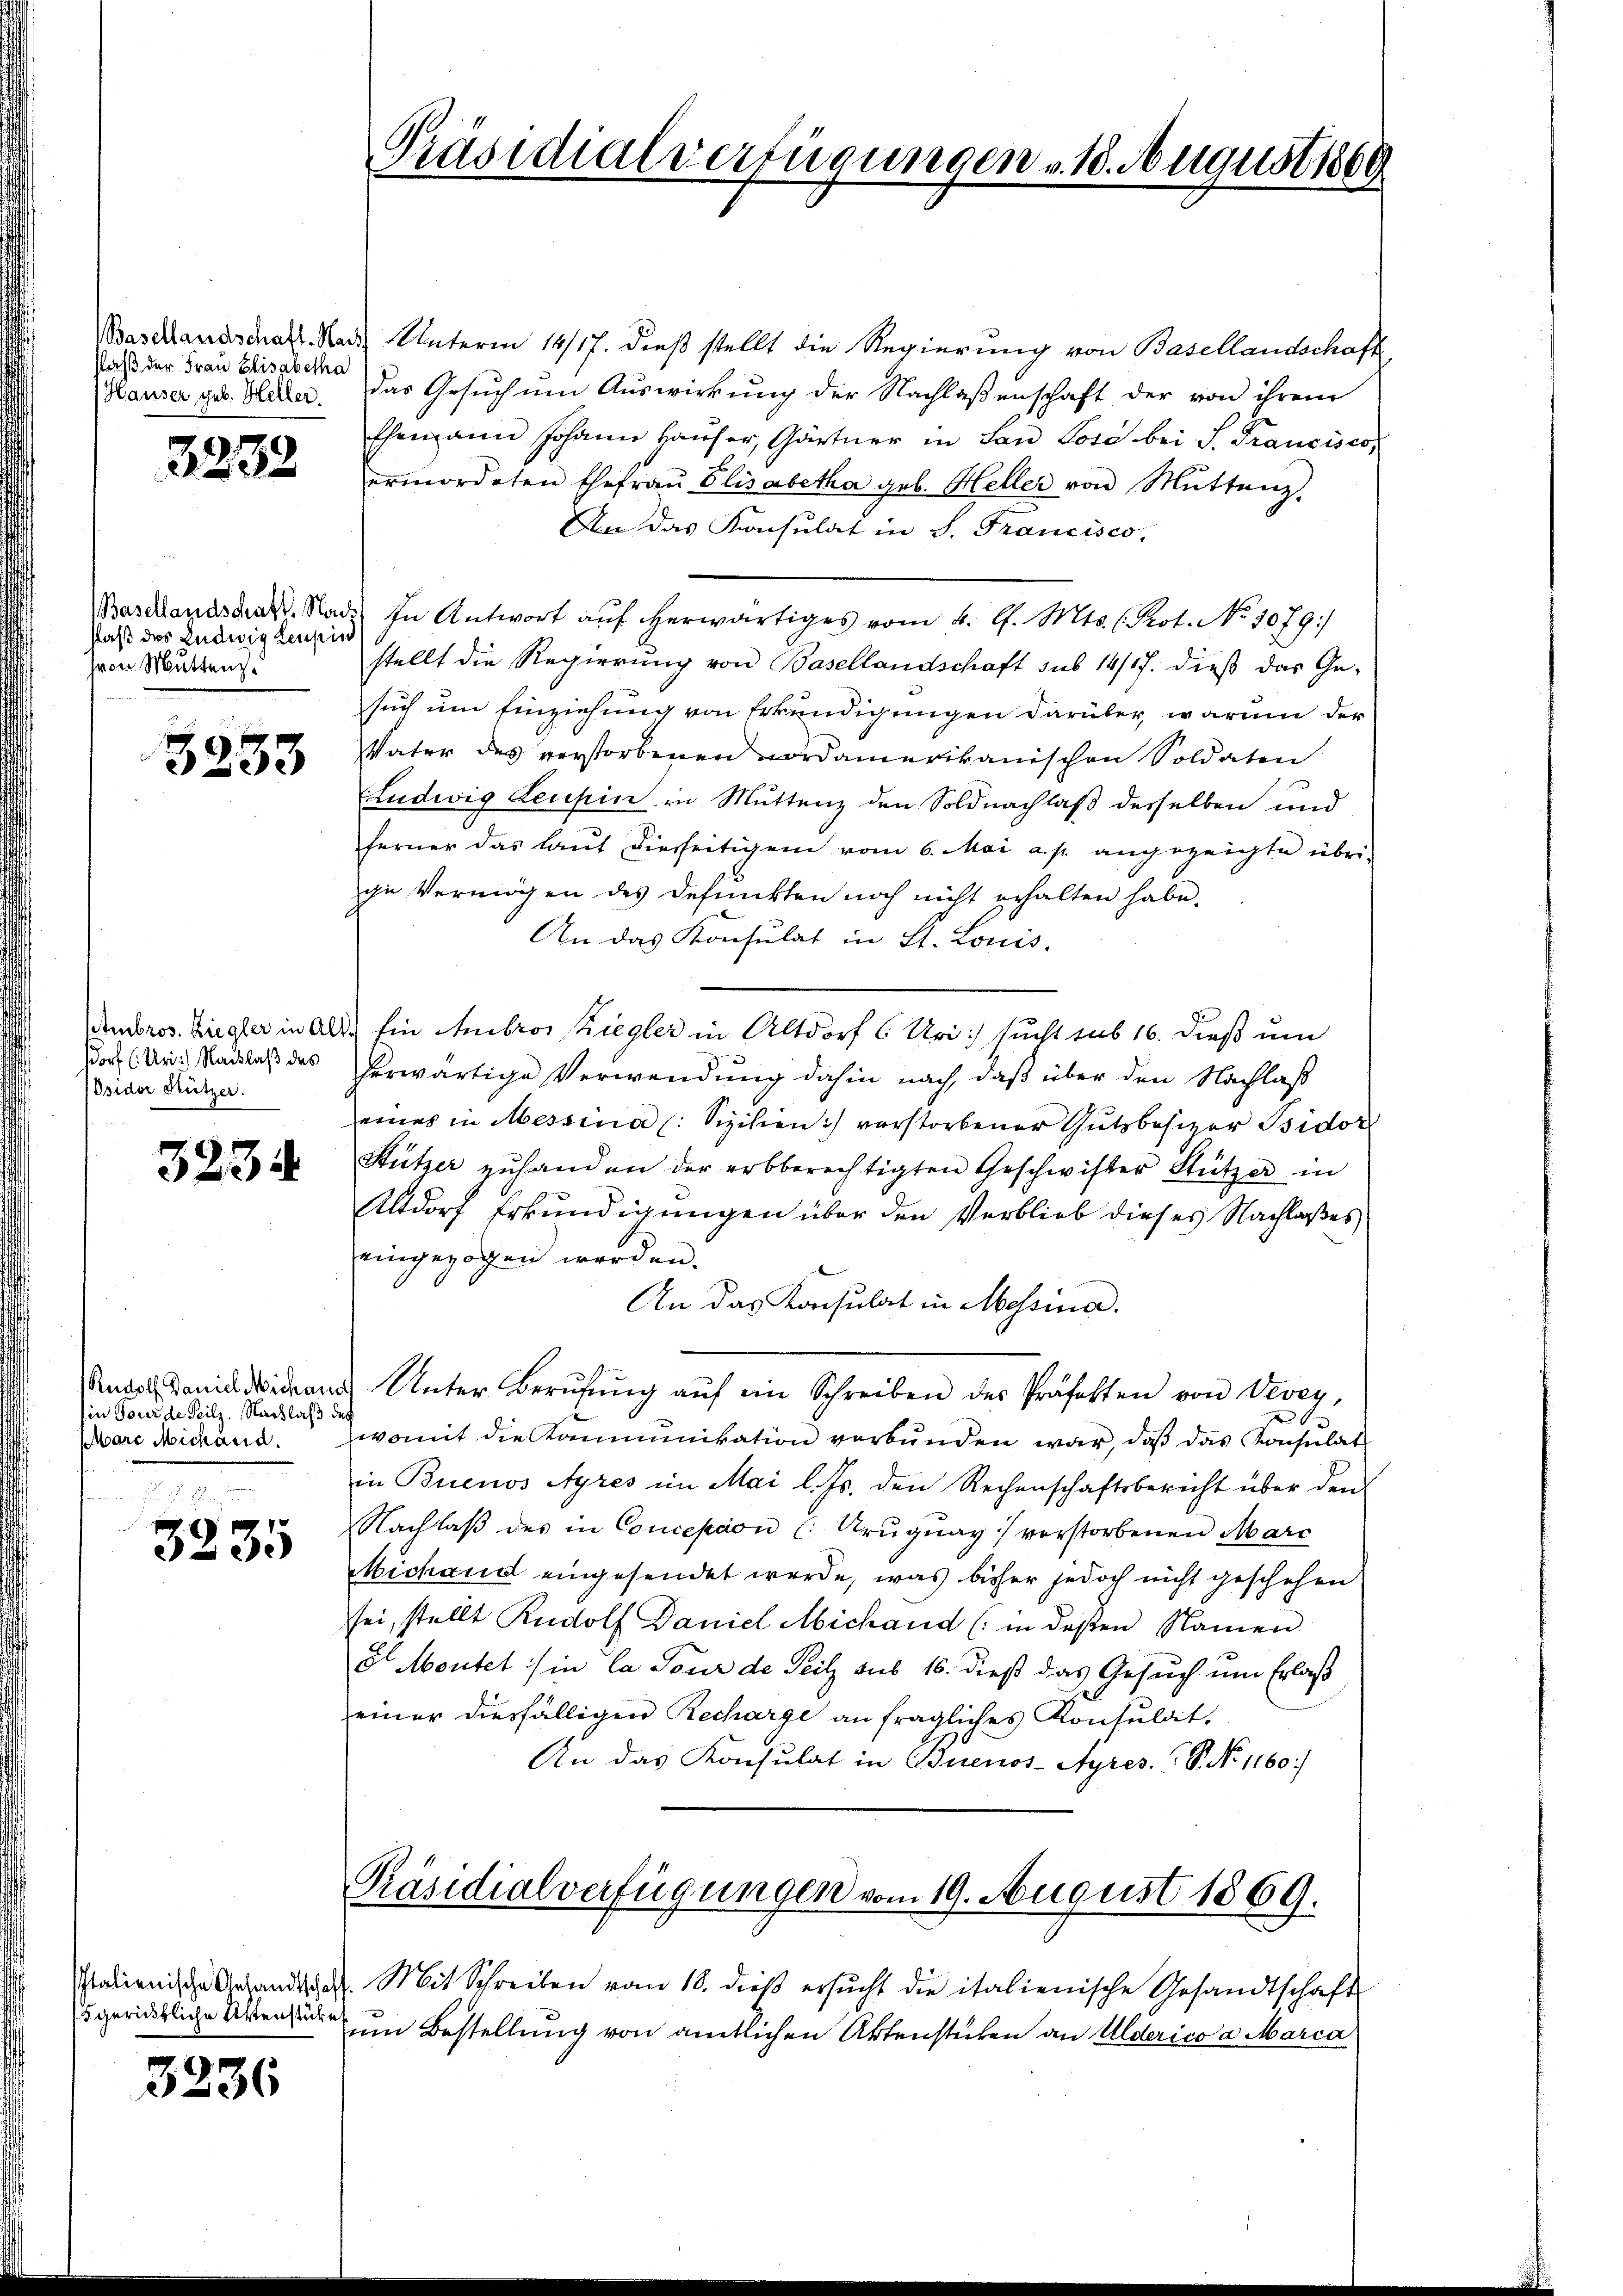
Plaß der Frau Elisabetha
Hauser geb. Heller.

3238

slaß des Ludwig Leupin
Hron Mutten.

3233

sdorf (Uri) Nachlaß des
Osidor Stützer.

3234

Rudolf Daniel Michaus
Ein Tour de Peilz. Nachlaß de
MMare Michand.

3235

Italienische Gesandtschaf
5 gerichtliche Aktenstüke

3236

Baschlandschaft. Stadt Unterm 14/17. dieß stellt die Regierung von Basellandschaft
das Gesuch um Auswirkung der Nachlaßenschaft der von ihrem
Ehemann Johann Hauser, Gärtner in San Lose bei S. Francisco,
ermordeten Ehefrau Elisabetha geb. Heller von Muttenz.
An das Konsulat in S. Francisco,
Basellandstrakt. Nade in Antwort auf herwärtiges vom 4. G. Mts. 1. Prot. No 1070.)
stellt die Regierung von Basellandschaft sub 14/17. dieß das Ge-
such um Einziehung von Erkundigungen darüber, warum der
VVater des verstorbenen nordamerikanischen Soldaten
Ludwig Leubin in Muttenz den Soldnachlaß desselben und
ferner das laut diesseitigem vom 6. Mai a. p. angezeigte übrige Vermögen des defunkten noch nicht erhalten habe.
An das Konsulat in St. Louis-
Ambros. Ziegler in Alt. Ein Ambros Ziegler in Altdorf 6 Uri sucht sub 16. dieß um
herwärtige Verwendung dahin nach, daß über den Nachlaß
eines in Messina (: Sizilien) verstorbener Gutsbesizer Isidor
Stützer zŭhanden der erbberechtigten Geschwister Stützer in
Altdorf Erkundigungen über den Verblieb dieses Nachlaßes
eingezogen werden.
An das Konsulat in Messina.
u. Unter Berŭfŭng aŭf ein Schreiben des Präfekten von Vevey,
womit die Kommunikation verbunden war, daß das Konsulat
in Buenos Ayres im Mai l. Js. den Rechenschaftsbericht über den
Nachlaβ des in Concepaon (: Aruquay) verstorbenen Marc
Michand eingesendet werde, was bisher jedoch nicht geschehen
sei, stellt Rudolf Daniel Michand (in deßen Namen
8 Meutet:/ in Ca Tour de Seitz sub 16. dieß das Gesuch um Erlaß
einer diesfälligen Recharge an fragliches Konsulat.
An das Konsulat in Buenos-Ayres. P. Nr. 1160:)

Präsidialverfügungen 18. August 1889

Präsidialverfügungen vom 19. August 1869.

. Mit Schreiben vom 18. dieβ ersŭcht die italienische Gesandtschaft
um Bestellung von amtlichen Aktenstücken an Alderico a Marca